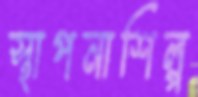
স্থাপনাশিল্প